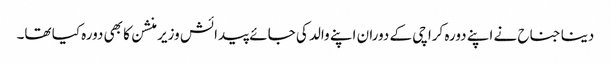
دینا جناح نے اپنے دورہ کراچی کے دوران اپنے والد کی جائے پیدائش وزیر منشن کا بھی دورہ کیا تھا۔